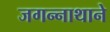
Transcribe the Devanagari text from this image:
जगन्‍नाथाने